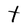
Character: t